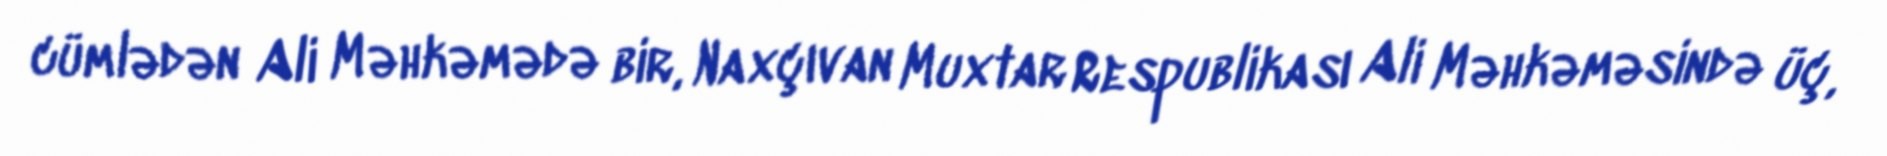
cümlədən Ali Məhkəmədə bir, Naxçıvan Muxtar Respublikası Ali Məhkəməsində üç,